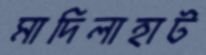
মাদিলাহাট